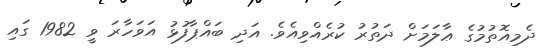
ދެމިއޮތުމުގެ ޢާލަމަށް ދަތުރު ކުރެއްވިއެވެ. އަދި ބައްޕާފުޅު އަވަހާރަ ވީ 1982 ގައި